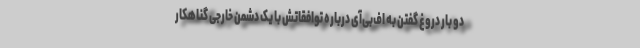
دو بار دروغ گفتن به اف‌بی‌آی درباره توافقاتش با یک دشمن خارجی گناهکار